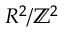
R ^ { 2 } / \mathbb { Z } ^ { 2 }